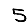
Digit: 5